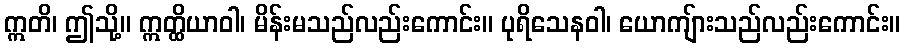
ဣတိ၊ ဤသို့။ ဣတ္ထိယာဝါ၊ မိန်းမသည်လည်းကောင်း။ ပုရိသေနဝါ၊ ယောကျ်ားသည်လည်းကောင်း။